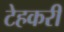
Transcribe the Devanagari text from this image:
टेहकरी